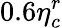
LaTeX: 0.6\eta_{c}^{r}